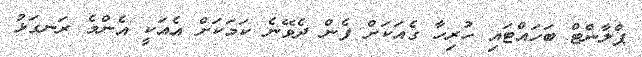
ޕްލާންޓް ބަހައްޓައި ހުރިހާ ގެއަކަށް ފެން ދެވޭނެ ކަމަކަށް އެއަކީ އެންމެ ރަނގަޅު